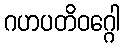
ဂဟပတိဝဂ္ဂေါ